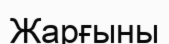
Жарғыны